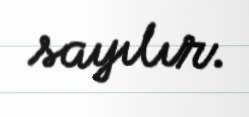
sayılır.